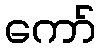
ကော်